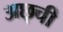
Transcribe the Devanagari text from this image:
अछ्ची